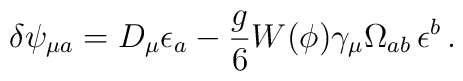
\delta \psi_{\mu a} = D_\mu \epsilon_a - \frac{g}{6}W(\phi) \gamma_\mu \Omega_{ab} \, \epsilon^b \,.